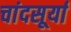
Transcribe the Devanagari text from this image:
चांदसूर्या